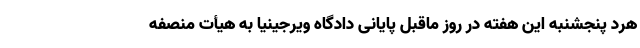
هرد پنجشنبه این هفته در روز ماقبل پایانی دادگاه ویرجینیا به هیأت منصفه